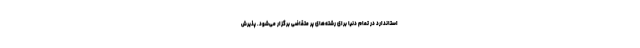
استاندارد در تمام دنیا برای رشته‌های پر متقاضی برگزار می‌شود. پذیرش